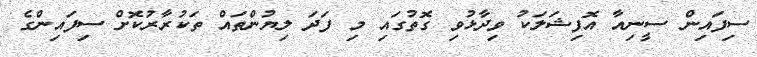
ސިފައިން ސީނިއާ އޮފިޝަލަކު ވިދާޅުވި ގޮތުގައި މި ފަދަ ލިޔުންތައް ތަކުރާރުކޮށް ސިފައިންގެ